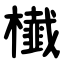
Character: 㰇